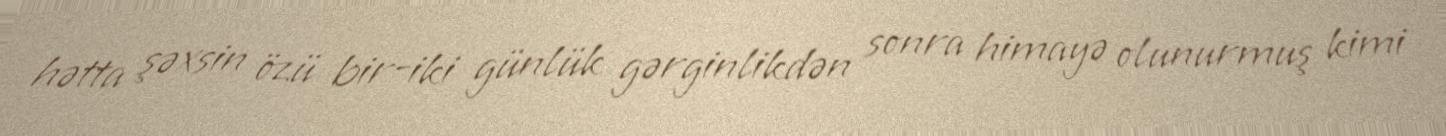
hətta şəxsin özü bir-iki günlük gərginlikdən sonra himayə olunurmuş kimi